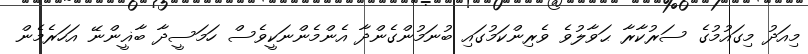
މިއަދު މިގައުމުގެ ސަރުކާރާ ޙަވާލުވެ ވެރިންކަމުގައި ބުނަމުންގެންދާ އެންމެންނަކީވެސް ހަމަސީދާ ބާޣީންނޭ އަހަރެމެން